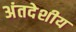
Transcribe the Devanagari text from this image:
अंतदेशीय